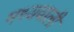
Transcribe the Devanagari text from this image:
मध्यवाली